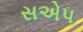
સએપ